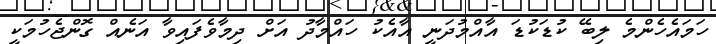
ހަމައެހެންމެ ލިބޭ ކުޑަކުޑަ އާއްމުދަނީ އާއެކު ހައްމާދު އަށް ދިމާވެފައިވާ އަނެއް ގޮންޖެހުމަކީ